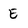
Character: E